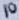
Text: 10